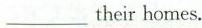
___their homes.